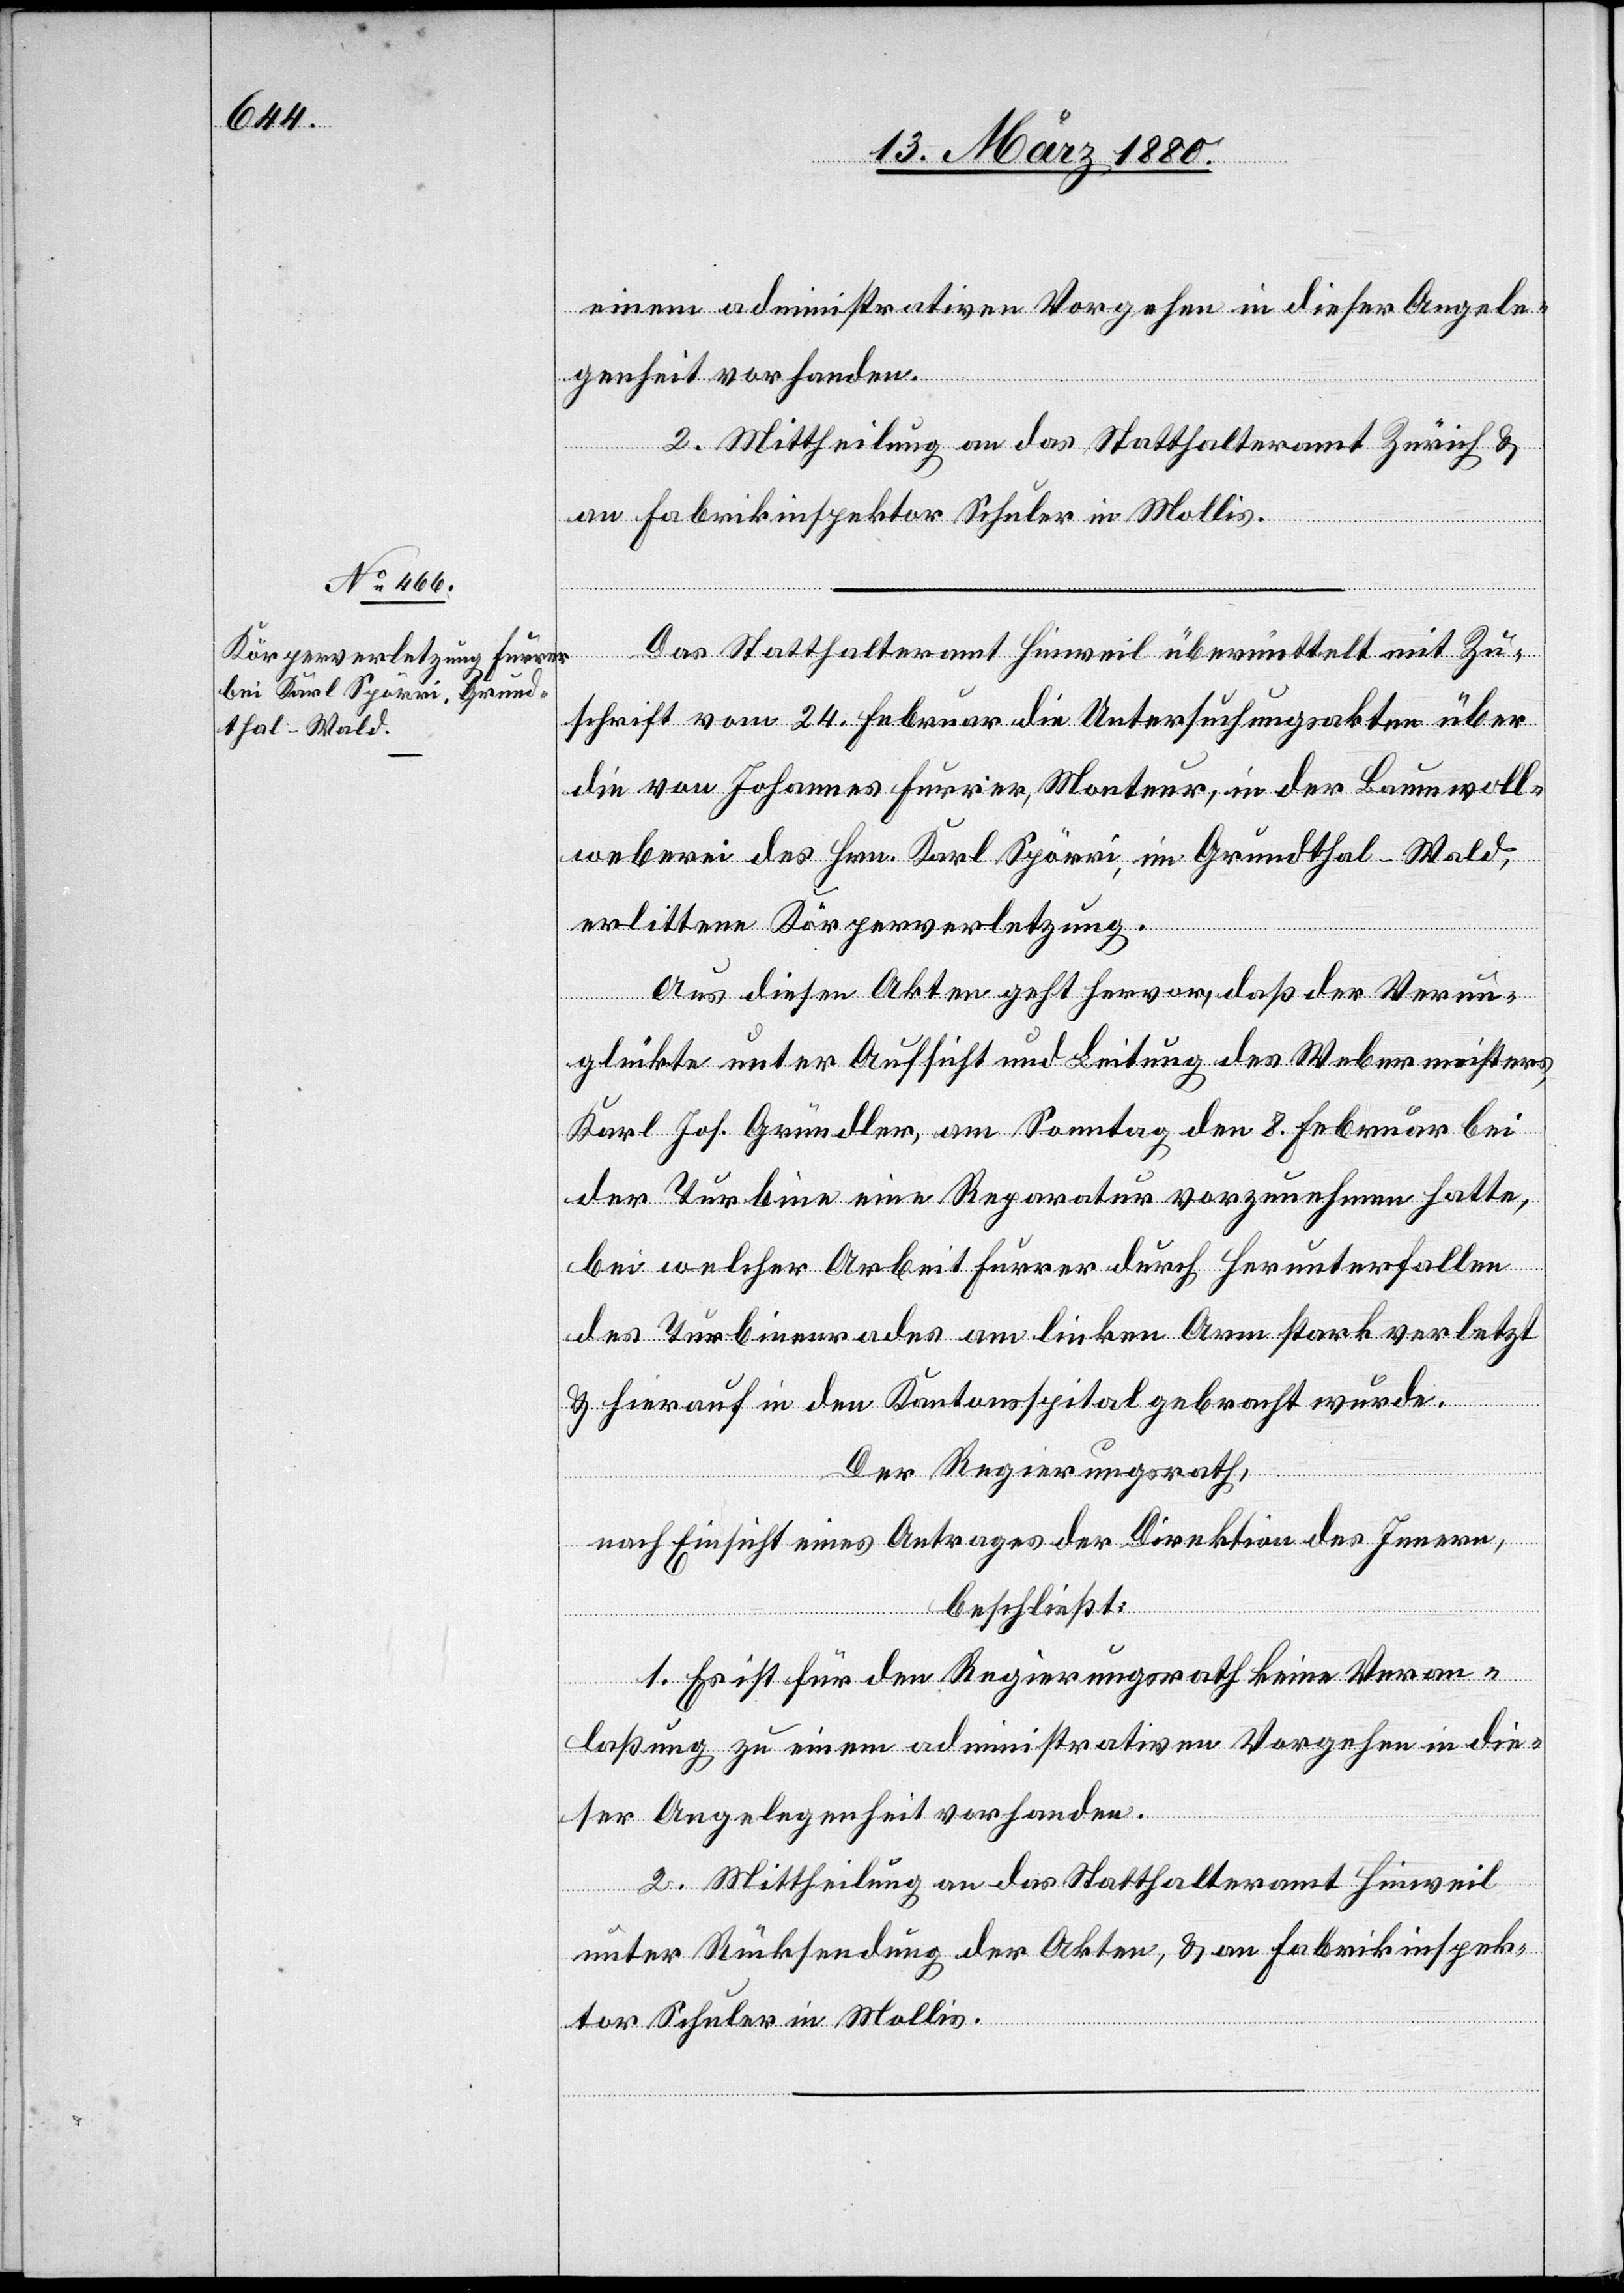
einem administrativen Vorgehen in dieser Angele¬
genheit vorhanden.
2. Mittheilung an das Statthalteramt Zürich &
an Fabrikinspektor Schuler in Mollis.
Das Statthalteramt Hinweil übermittelt mit Zu¬
schrift vom 24. Februar die Untersuchungsakten über
die von Johannes Furrer, Monteur, in der Baumwoll¬
weberei des Hrn. Karl Spörri, im Grundthal - Wald
erlittene Körperverletzung.
Aus diesen Akten geht hervor, daß der Verun¬
glückte unter Aufsicht und Leitung des Webermeisters,
Karl. Jos. Gründler, am Sonntag den 8. Februar bei
der Turbine eine Reparatur vorzunehmen hatte,
bei welcher Arbeit Furrer durch Herunterfallen
des Turbinenrades am linken Arm stark verletzt
& hierauf in den Kantonsspital gebracht wurde.
Der Regierungsrath,
nach Einsicht eines Antrages der Direktion des Innern,
beschließt:
1. Es ist für den Regierungsrath keine Veran¬
laßung zu einem administrativen Vorgehen in die¬
ser Angelegenheit vorhanden.
2. Mittheilung an das Statthalteramt Hinweil
unter Rücksendung der Akten, & an Fabrikinspek¬
tor Schuler in Mollis.